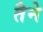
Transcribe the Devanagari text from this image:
तैने